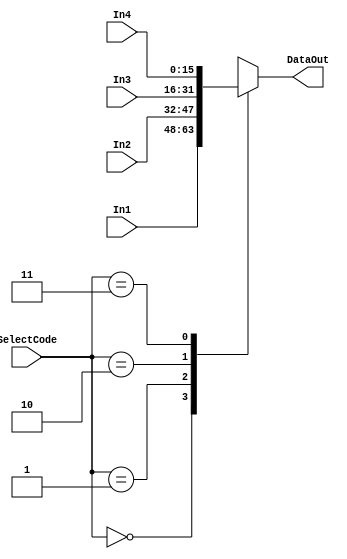
module Select(
    input [15:0] In1, In2, In3, In4,
    input [1:0] SelectCode,

    output reg [15:0] DataOut
);

always @ (*) begin
    case (SelectCode)
        2'b00 : DataOut = In1;
        2'b01 : DataOut = In2;
        2'b10 : DataOut = In3;
        2'b11 : DataOut = In4;
    endcase
end

endmodule